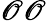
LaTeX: \mathscr{O}\mathscr{O}